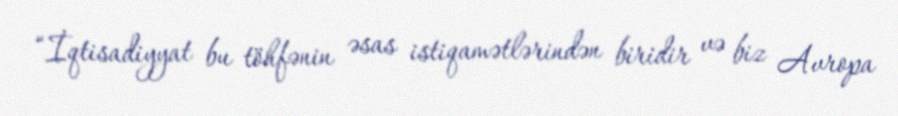
“İqtisadiyyat bu töhfənin əsas istiqamətlərindən biridir və biz Avropa